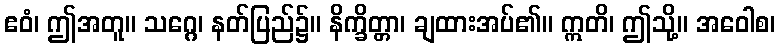
ဧဝံ၊ ဤအတူ။ သဂ္ဂေ၊ နတ်ပြည်၌။ နိက္ခိတ္တာ၊ ချထားအပ်၏။ ဣတိ၊ ဤသို့။ အဝေါစ၊